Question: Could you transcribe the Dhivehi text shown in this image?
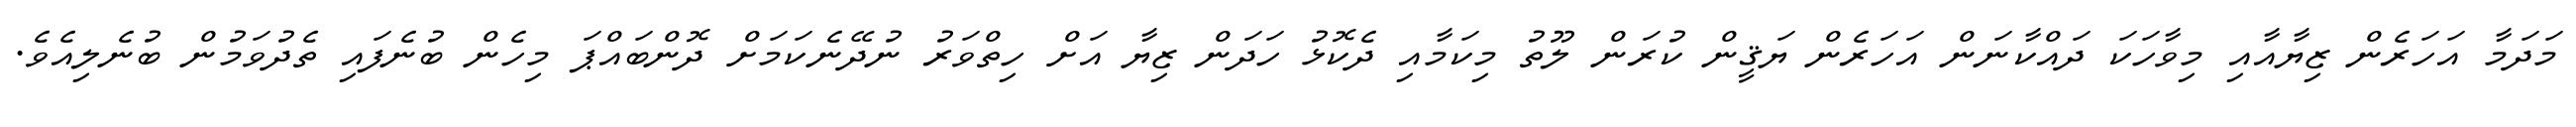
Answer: މަދަމާ އަހަރެން ޒިޔާއާއި މިވާހަކަ ދައްކާނަން އަހަރެން ޔަޤީން ކުރަން ލޫތު މިކަމާއި ދެކޮޅު ހަދަން ޒިޔާ އަށް ހިތްވަރު ނުދޭނެކަމަށް ދޮންބައްޕަ މިހެން ބުނެފައި ތެދުވަމުން ބުނެލިއެވެ.